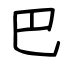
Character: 巴